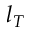
l _ { T }